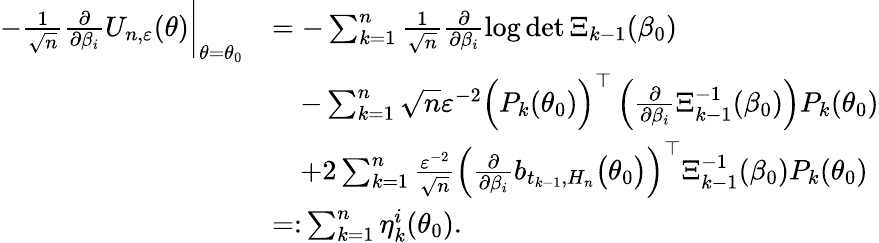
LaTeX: \begin{array}{rl}{-\frac{1}{\sqrt{n}}\frac{\partial}{\partial\beta_{i}}U_{n,\varepsilon}(\theta)\bigg|_{\theta=\theta_{0}}}&{=-\sum_{k=1}^{n}\frac{1}{\sqrt{n}}\frac{\partial}{\partial\beta_{i}}\log\operatorname*{det}\Xi_{k-1}(\beta_{0})}\\ &{\quad-\sum_{k=1}^{n}\sqrt{n}\varepsilon^{-2}\Bigl(P_{k}(\theta_{0})\Bigr)^{\top}\left(\frac{\partial}{\partial\beta_{i}}\Xi_{k-1}^{-1}(\beta_{0})\right)P_{k}(\theta_{0})}\\ &{\quad+2\sum_{k=1}^{n}\frac{\varepsilon^{-2}}{\sqrt{n}}\left(\frac{\partial}{\partial\beta_{i}}b_{t_{k-1},H_{n}}\bigl(\theta_{0}\bigr)\right)^{\top}\Xi_{k-1}^{-1}(\beta_{0})P_{k}(\theta_{0})}\\ &{=\colon\sum_{k=1}^{n}\eta_{k}^{i}(\theta_{0}).}\end{array}